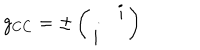
g _ { C C } = \pm \left( \begin{array} { c c } { { } } & { { i } } \\ { { i } } & { { } } \\ \end{array} \right)